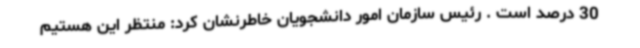
30 درصد است . رئیس سازمان امور دانشجویان خاطرنشان کرد: منتظر این هستیم